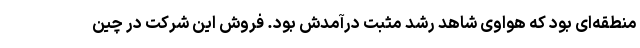
منطقه‌ای بود که هواوی شاهد رشد مثبت درآمدش بود. فروش این شرکت در چین